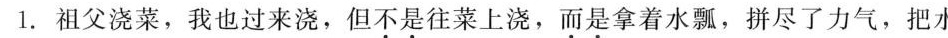
1.祖父浇菜，我也过来浇，但不是往菜上浇，而是拿着水瓢，拼尽了力气，把水